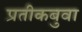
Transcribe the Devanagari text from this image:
प्रतीकबुवा